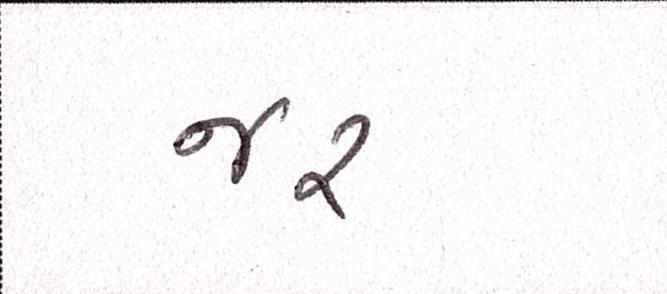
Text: જર